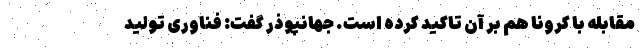
مقابله با کرونا هم بر آن تاکید کرده است. جهانپوذر گفت: فناوری تولید